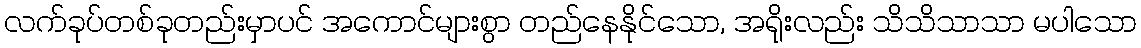
လက်ခုပ်တစ်ခုတည်းမှာပင် အကောင်များစွာ တည်နေနိုင်သော, အရိုးလည်း သိသိသာသာ မပါသော